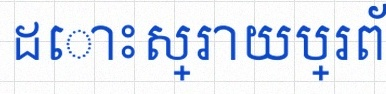
ដោះស្រាយប្រព័ន្ធសមីការ